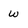
Character: W